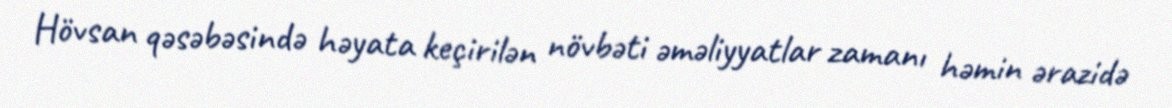
Hövsan qəsəbəsində həyata keçirilən növbəti əməliyyatlar zamanı həmin ərazidə